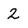
Character: 2